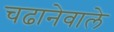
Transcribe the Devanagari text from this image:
चढानेवाले